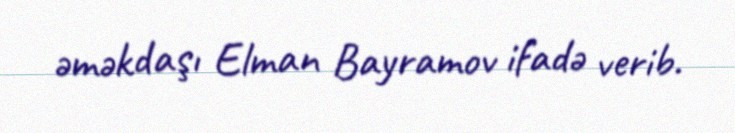
əməkdaşı Elman Bayramov ifadə verib.